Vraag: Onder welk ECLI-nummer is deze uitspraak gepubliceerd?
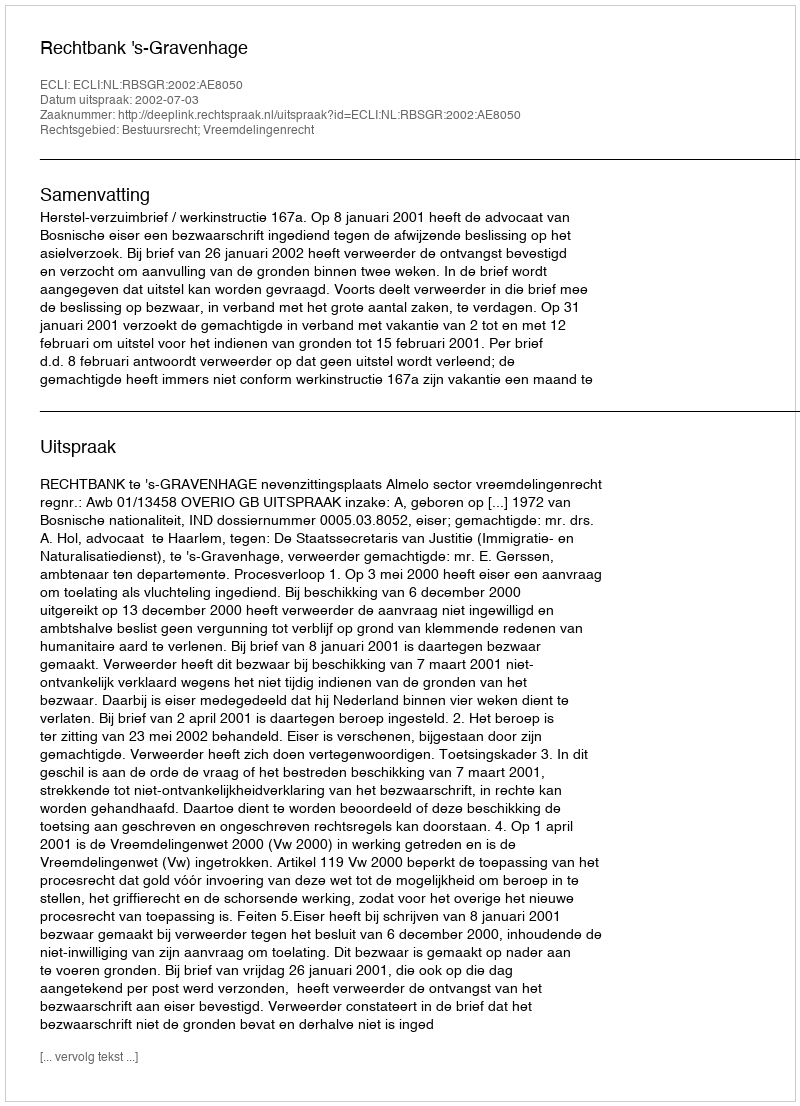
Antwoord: ECLI:NL:RBSGR:2002:AE8050